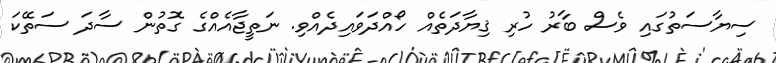
ސިޔާސަތުގައި ވެސް ބާރު ހުރި ޤިޔާދަތެއް ހޯއްދަވައިދެއްވި. ނަތީޖާއެއްގެ ގޮތުން ސާދަ ސަތޭކަ